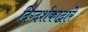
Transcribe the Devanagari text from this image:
दिग्दर्शकाद्वारे